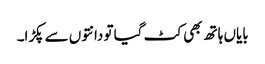
بایاں ہاتھ بھی کٹ گیا تو دانتوں سے پکڑا۔